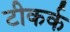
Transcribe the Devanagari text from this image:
टीकर्क